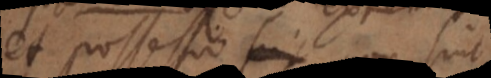
et possessio non sint